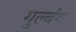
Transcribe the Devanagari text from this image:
गुल्बंग